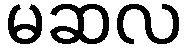
မဆလ